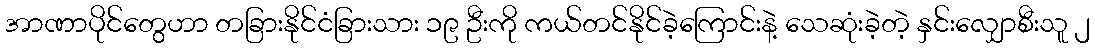
အာဏာပိုင်တွေဟာ တခြားနိုင်ငံခြားသား ၁၉ ဦးကို ကယ်တင်နိုင်ခဲ့ကြောင်းနဲ့ သေဆုံးခဲ့တဲ့ နှင်းလျှောစီးသူ ၂